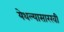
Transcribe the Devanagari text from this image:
येथल्यासारखी